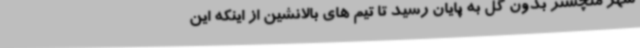
شهر منچستر بدون گل به پایان رسید تا تیم های بالانشین از اینکه این